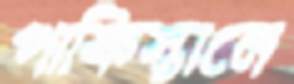
পাকিস্তানে